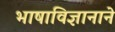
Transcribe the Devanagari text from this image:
भाषाविज्ञानाने